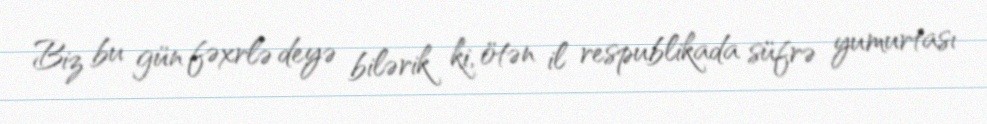
Biz bu gün fəxrlə deyə bilərik ki, ötən il respublikada süfrə yumurtası